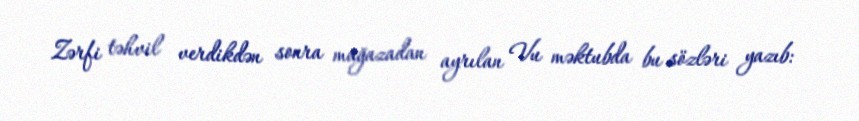
Zərfi təhvil verdikdən sonra mağazadan ayrılan Vu məktubda bu sözləri yazıb: